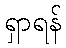
ရှာရန်